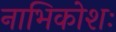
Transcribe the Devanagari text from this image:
नाभिकोशः